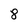
Character: 8